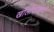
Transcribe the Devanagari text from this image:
खोलोदोव्सकी